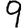
Digit: 9